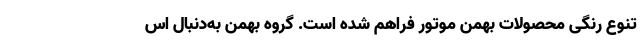
تنوع رنگی محصولات بهمن موتور فراهم شده است. گروه بهمن به‌دنبال اس